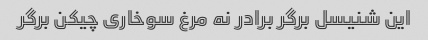
این شنیسل برگر برادر نه مرغ سوخاری چیکن برگر